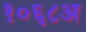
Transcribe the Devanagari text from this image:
१०६८अ